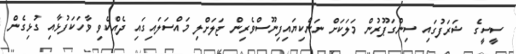
ސީސީގެ ޝަރަފުގައި ސިންގަޕޫރުން މަލަކަށް ނަންކިޔައިފިނޫސްވެރިން ޖަލަށްލި މައްސަލައިގައި ދެއްކެވި ވާހަކަފުޅާއި ގުޅިގެން